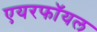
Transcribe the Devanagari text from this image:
एयरफॉयल